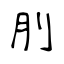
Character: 刖